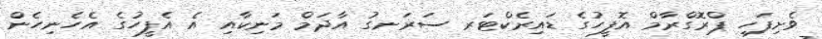
ވެށިފަހި ޕްރޮގްރާމް އޮފީހުގެ ޑައިރެކްޓަރ ސަރަނގު އާދަމް މަނިކާއި އެ އެފީހުގެ އެހެނިހެން